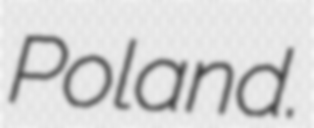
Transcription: Poland.